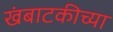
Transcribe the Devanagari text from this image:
खंबाटकीच्या